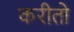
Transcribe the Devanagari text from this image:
करीतो